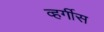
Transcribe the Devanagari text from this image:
व्हर्गीस